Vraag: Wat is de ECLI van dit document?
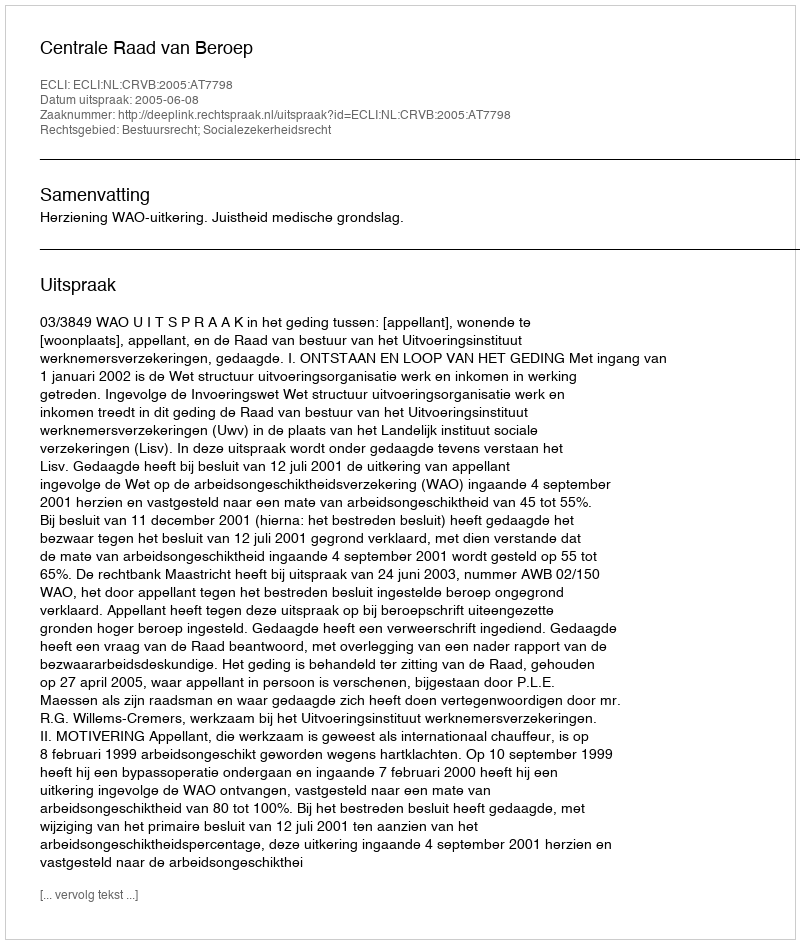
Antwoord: ECLI:NL:CRVB:2005:AT7798